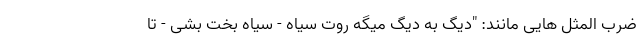
ضرب المثل هایی مانند: "دیگ به دیگ میگه روت سیاه - سیاه بخت بشی - تا